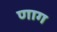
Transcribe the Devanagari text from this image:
णाग